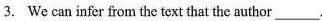
3. We can infer from the text that the author___.